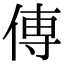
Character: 𫝊